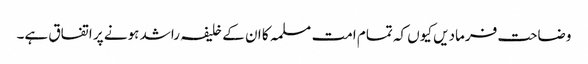
وضاحت فرمادیں کیوں کہ تمام امت مسلمہ کا ان کے خلیفہ راشد ہونے پر اتفاق ہے۔